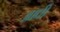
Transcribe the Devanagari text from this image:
अाधी